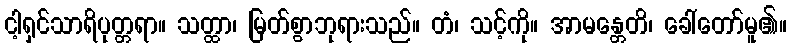
ငါ့ရှင်သာရိပုတ္တရာ။ သတ္ထာ၊ မြတ်စွာဘုရားသည်။ တံ၊ သင့်ကို။ အာမန္တေတိ၊ ခေါ်တော်မူ၏။